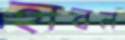
হাবল